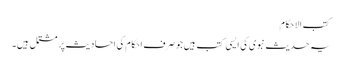
کتب الاحکام
یہ حدیث نبوی کی ایسی کتب ہیں جو صرف احکام کی احادیث پر مشتمل ہیں۔